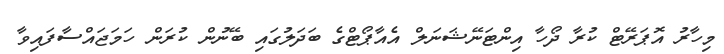
މިހާރު އޮޕަރޭޓް ކުރާ ދޯހާ އިންޓަނޭޝަނަލް އެއާޕޯޓްގެ ބަދަލުގައި ބޭނުން ކުރަން ހަމަޖައްސާފައިވާ